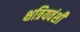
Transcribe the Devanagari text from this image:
क्षत्रियवंशी